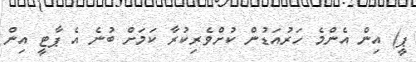
ޕީ) އިން އެންމެ ހަރުއަޑުން ކުށްވެރިކުރާ ކަމަށް ބުނެ އެ ޕާޓީ އިން